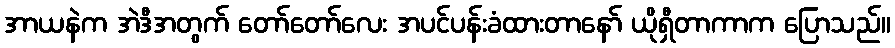
အာယနဲက အဲဒီအတွက် တော်တော်လေး အပင်ပန်းခံထားတာနော် ယိုရှီတာကာက ပြောသည်။